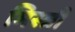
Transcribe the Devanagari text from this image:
मिस्‍त्री